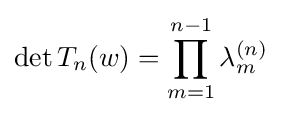
\det T_{n}(w)=\prod _{m=1}^{n-1}\lambda _{m}^{(n)}